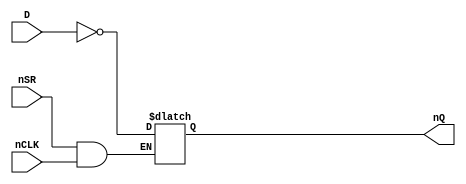
module GP_DLATCHSRI(input D, input nCLK, input nSR, output reg nQ);
	parameter [0:0] INIT = 1'bx;
	parameter[0:0] SRMODE = 1'bx;
	initial nQ = INIT;
	always @(*) begin
		if(!nSR)
			nQ <= ~SRMODE;
		else if(!nCLK)
			nQ <= ~D;
	end
endmodule